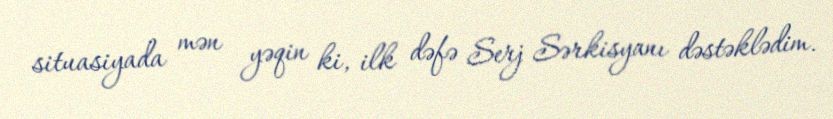
situasiyada mən yəqin ki, ilk dəfə Serj Sərkisyanı dəstəklədim.